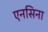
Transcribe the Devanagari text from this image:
एनसिना